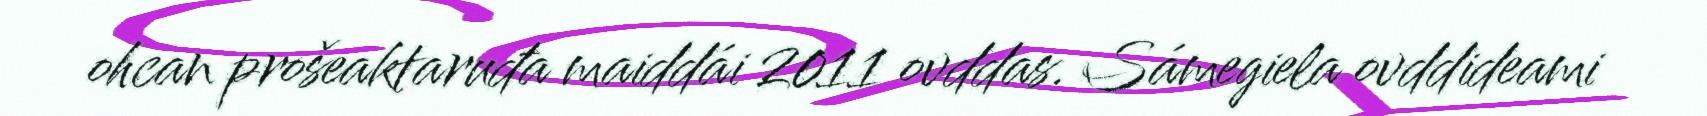
ohcan prošeaktaruđa maiddái 2011 ovddas. Sámegiela ovddideami